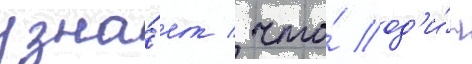
узна́ет / что́ од'и́н